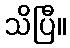
သိပြီ။